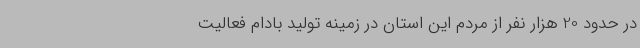
در حدود 20 هزار نفر از مردم این استان در زمینه تولید بادام فعالیت